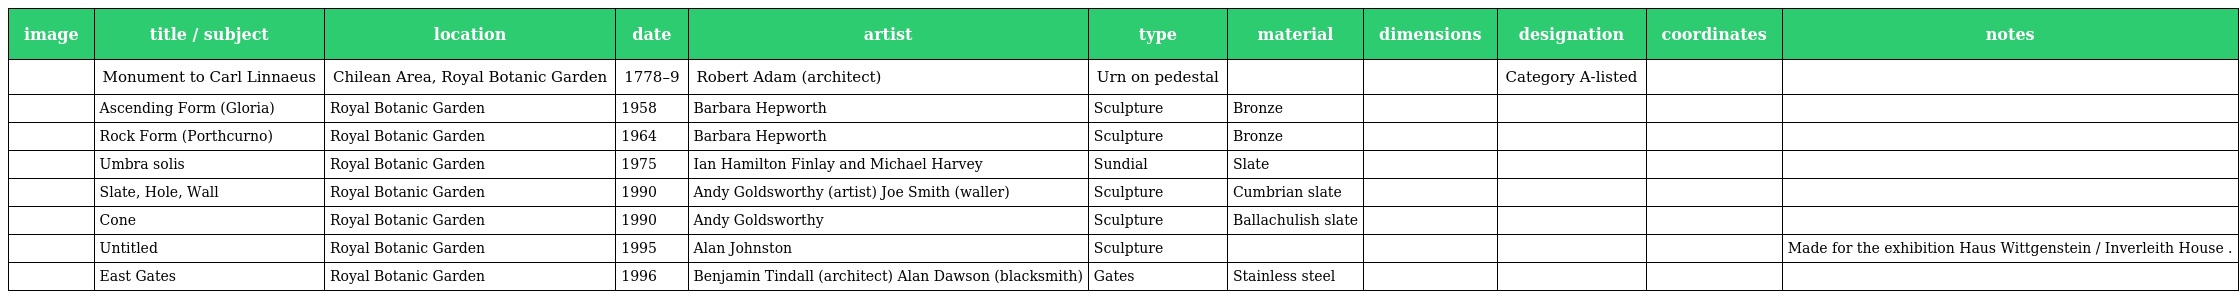
| image | title / subject | location | date | artist | type | material | dimensions | designation | coordinates | notes |
 | --- | --- | --- | --- | --- | --- | --- | --- | --- | --- | --- |
 |  | Monument to Carl Linnaeus | Chilean Area, Royal Botanic Garden | 1778–9 | Robert Adam (architect) | Urn on pedestal |  |  | Category A-listed |  |  |
 |  | Ascending Form (Gloria) | Royal Botanic Garden | 1958 | Barbara Hepworth | Sculpture | Bronze |  |  |  |  |
 |  | Rock Form (Porthcurno) | Royal Botanic Garden | 1964 | Barbara Hepworth | Sculpture | Bronze |  |  |  |  |
 |  | Umbra solis | Royal Botanic Garden | 1975 | Ian Hamilton Finlay and Michael Harvey | Sundial | Slate |  |  |  |  |
 |  | Slate, Hole, Wall | Royal Botanic Garden | 1990 | Andy Goldsworthy (artist) Joe Smith (waller) | Sculpture | Cumbrian slate |  |  |  |  |
 |  | Cone | Royal Botanic Garden | 1990 | Andy Goldsworthy | Sculpture | Ballachulish slate |  |  |  |  |
 |  | Untitled | Royal Botanic Garden | 1995 | Alan Johnston | Sculpture |  |  |  |  | Made for the exhibition Haus Wittgenstein / Inverleith House . |
 |  | East Gates | Royal Botanic Garden | 1996 | Benjamin Tindall (architect) Alan Dawson (blacksmith) | Gates | Stainless steel |  |  |  |  |